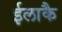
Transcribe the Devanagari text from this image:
ईलाकै